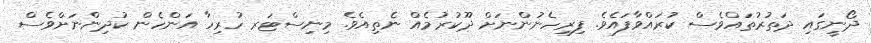
ދޯނީގައި ދަތުރުތައްވެސް ކުރައްވާފައެވެ. ފިރިހެނުންނަށް ދޫކުރުމެއް ނެތިއެވެ. މިނިސްޓަރ ހުރިހާ އަންހެން ކުދިންނަށްވެސް